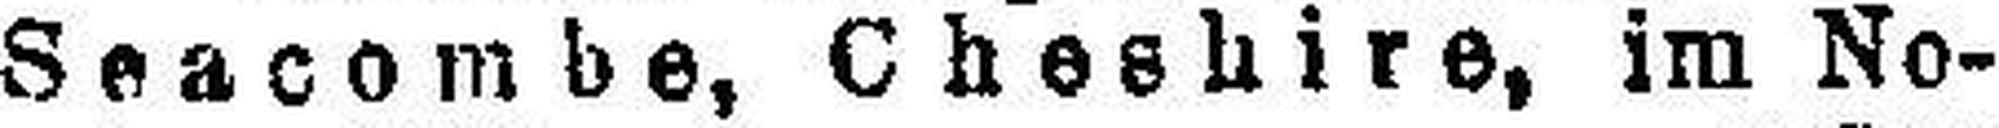
Seacombe, Cheshirs, im No¬